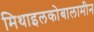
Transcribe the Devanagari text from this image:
मिथाइलकोबालामीन